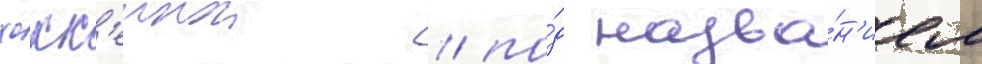
хокк'еинои / по́д назва́н'ием